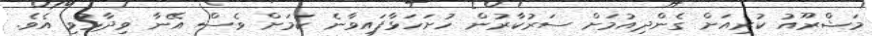
މަޝްރޫއު ކުރިއަށް ގެންދިއުމަށް ސަރުކާރުން ހުށަހަޅާފައިވާނެ ކަމަށް ވެސް އޭނާ ވިދާޅުވި އެވެ.